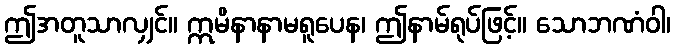
ဤအတူသာလျှင်။ ဣမိနာနာမရူပေန၊ ဤနာမ်ရုပ်ဖြင့်။ သောဘဏံဝါ၊